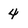
Character: 4